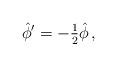
LaTeX: \begin{align*}\hat{\phi}^{\prime}=-{\textstyle\frac{1}{2}}\hat{\phi}\, ,\end{align*}